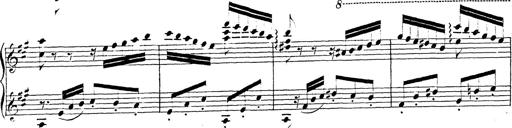
Title: Chanson bohÃ©mienne
Composer: Franz Liszt